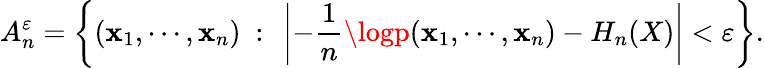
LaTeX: A_{n}^{\varepsilon}=\left\{ (\mathbf{x}_{1},\cdots,\mathbf{x}_{n})\ :\ \left|-{\frac{{1}}{{n}}}\logp(\mathbf{x}_{1},\cdots,\mathbf{x}_{n})-H_{n}(X)\right|<\varepsilon\right\} .